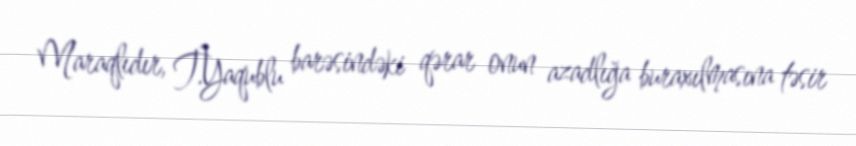
Maraqlıdır, T.Yaqublu barəsindəki qərar onun azadlığa buraxılmasına təsir